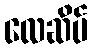
လေဆိပ်